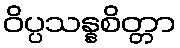
ဝိပ္ပသန္နစိတ္တာ